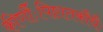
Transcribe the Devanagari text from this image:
कीर्णौःपिष्टातकौधैः